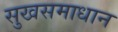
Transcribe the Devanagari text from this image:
सुखसमाधान